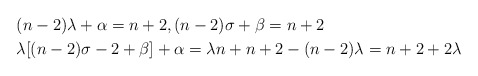
\begin{align*} &(n-2)\lambda+\alpha=n+2, (n-2)\sigma+\beta=n+2\\ &\lambda[(n-2)\sigma-2+\beta]+\alpha=\lambda n+n+2-(n-2)\lambda=n+2+2\lambda \end{align*}